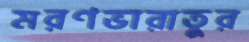
মরণভারাতুর